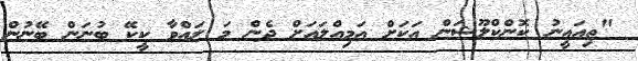
"ތިއައީނު ކޮންކްލޫޝަން އަކަށް އަމިއްލައަށް ދެން މަ ލައްވާ ކީކޭ ބުނަން ބޭނުން